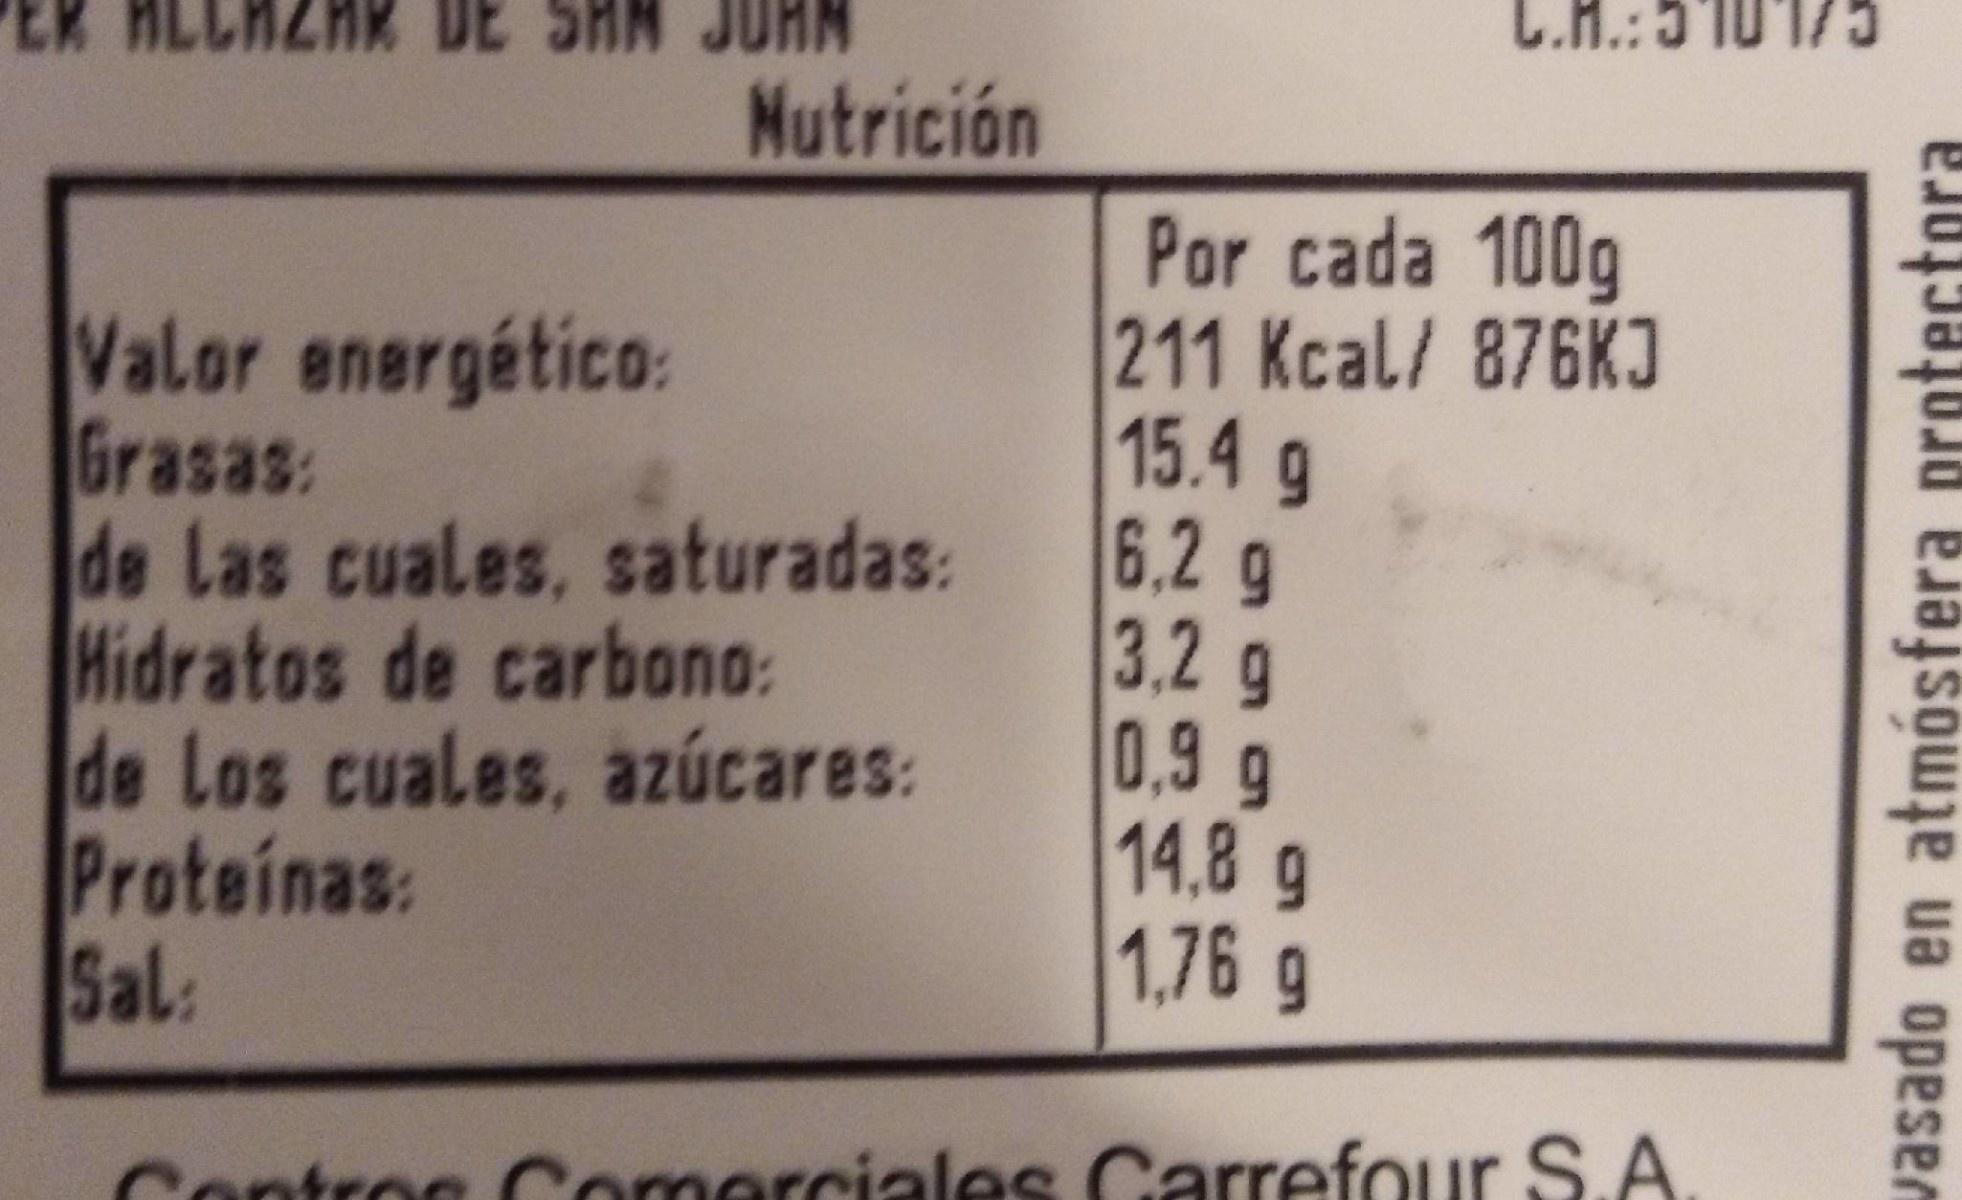
L.H.
L.M.:5 1017
Nutrición
Valor energético: Grasas: de Las cuales, saturadas: Hidratos de carbono: de Los cuales, azúcares: Proteinas: Sal:
Por cada 100g 211 Kcal/ 876KJ 15.4 g 6.2 g 3.2g 0.9g 14.8 g 1.76 g
Contros Comerciales Carrefour S.A.
vasado en atmósfera protectora